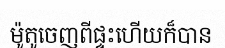
ម៉ូតូចេញពីផ្ទះហើយក៏បាន